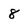
Character: 8